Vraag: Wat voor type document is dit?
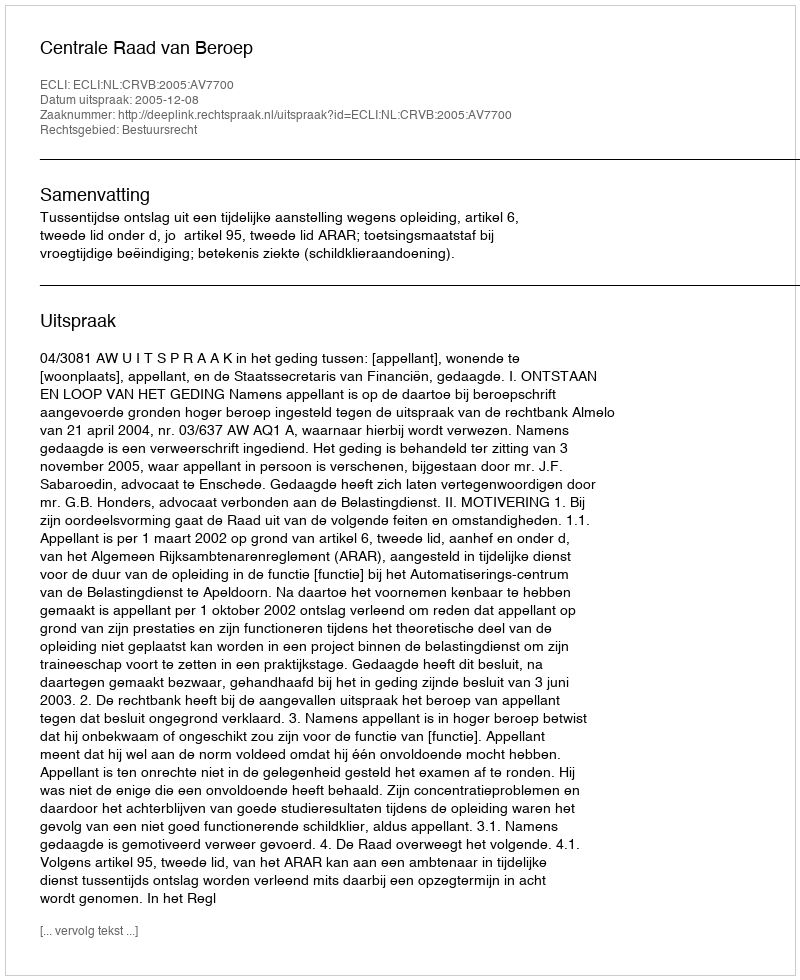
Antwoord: Uitspraak